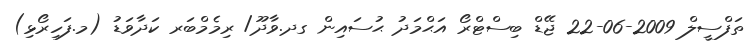
ތަފްސީލް 2009-06-22 ޖޭޑް ބިސްޓްރޯ އަޙްމަދު ޙުސައިން ގދ.ވާދޫ/ ރިމެމްބަރ ކަދާވަޑު (މ.ފަހިރޯޅި)